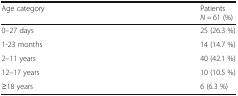
<table><thead><tr><td><b>Age category</b></td><td><b>Patients<i>N =</i> 61 (%)</b></td></tr></thead><tbody><tr><td>0–27 days</td><td>25 (26.3 %)</td></tr><tr><td>1-23 months</td><td>14 (14.7 %)</td></tr><tr><td>2–11 years</td><td>40 (42.1 %)</td></tr><tr><td>12–17 years</td><td>10 (10.5 %)</td></tr><tr><td>≥18 years</td><td>6 (6.3 %)</td></tr></tbody></table>